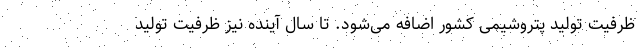
ظرفیت تولید پتروشیمی کشور اضافه می‌شود. تا سال آینده نیز ظرفیت تولید